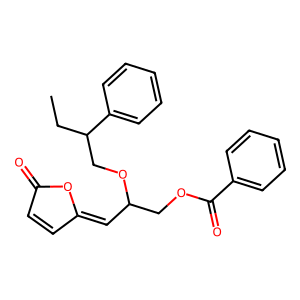
SMILES: CCC(COC(C=C1C=CC(=O)O1)COC(=O)c1ccccc1)c1ccccc1
Inhibits HIV replication: No